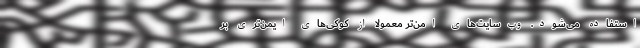
استفاده می‌شود. وب‌سایت‌های امن‌تر معمولا از کوکی‌های ایمن‌تری بر